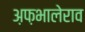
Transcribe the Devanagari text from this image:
अ़फ़भालेराव